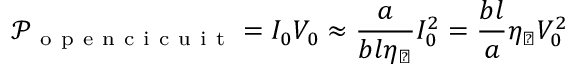
\mathcal { P } _ { \mathrm { ~ o ~ p ~ e ~ n ~ c ~ i ~ c ~ u ~ i ~ t ~ } } = I _ { 0 } V _ { 0 } \approx \frac { a } { b l \eta _ { \perp } } I _ { 0 } ^ { 2 } = \frac { b l } { a } \eta _ { \perp } V _ { 0 } ^ { 2 }